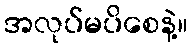
အလုပ်မပိစေနဲ့။